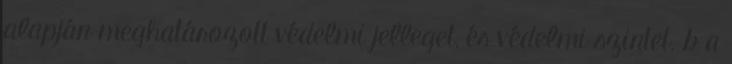
alapján meghatározott védelmi jelleget, és védelmi szintet. b a